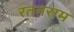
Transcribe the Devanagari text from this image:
रतनराम